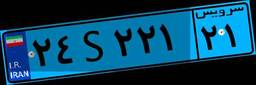
۷۵S۹۸۹۹۵